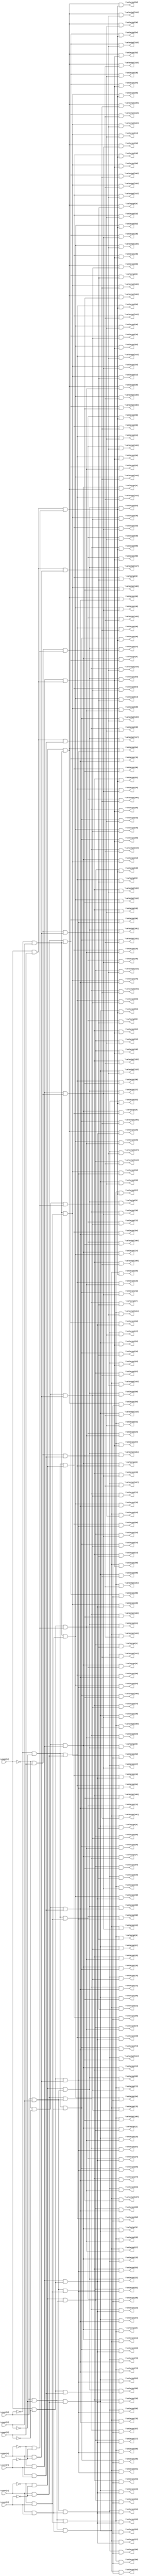

// Generated by Cadence Genus(TM) Synthesis Solution 16.22-s033_1
// Generated on: Jan 17 2020 11:34:43 EST (Jan 17 2020 16:34:43 UTC)

// Verification Directory fv/dec 

module dec(\count[0] , \count[1] , \count[2] , \count[3] , \count[4] ,
     \count[5] , \count[6] , \count[7] , \selectp1[0] , \selectp1[1] ,
     \selectp1[2] , \selectp1[3] , \selectp1[4] , \selectp1[5] ,
     \selectp1[6] , \selectp1[7] , \selectp1[8] , \selectp1[9] ,
     \selectp1[10] , \selectp1[11] , \selectp1[12] , \selectp1[13] ,
     \selectp1[14] , \selectp1[15] , \selectp1[16] , \selectp1[17] ,
     \selectp1[18] , \selectp1[19] , \selectp1[20] , \selectp1[21] ,
     \selectp1[22] , \selectp1[23] , \selectp1[24] , \selectp1[25] ,
     \selectp1[26] , \selectp1[27] , \selectp1[28] , \selectp1[29] ,
     \selectp1[30] , \selectp1[31] , \selectp1[32] , \selectp1[33] ,
     \selectp1[34] , \selectp1[35] , \selectp1[36] , \selectp1[37] ,
     \selectp1[38] , \selectp1[39] , \selectp1[40] , \selectp1[41] ,
     \selectp1[42] , \selectp1[43] , \selectp1[44] , \selectp1[45] ,
     \selectp1[46] , \selectp1[47] , \selectp1[48] , \selectp1[49] ,
     \selectp1[50] , \selectp1[51] , \selectp1[52] , \selectp1[53] ,
     \selectp1[54] , \selectp1[55] , \selectp1[56] , \selectp1[57] ,
     \selectp1[58] , \selectp1[59] , \selectp1[60] , \selectp1[61] ,
     \selectp1[62] , \selectp1[63] , \selectp1[64] , \selectp1[65] ,
     \selectp1[66] , \selectp1[67] , \selectp1[68] , \selectp1[69] ,
     \selectp1[70] , \selectp1[71] , \selectp1[72] , \selectp1[73] ,
     \selectp1[74] , \selectp1[75] , \selectp1[76] , \selectp1[77] ,
     \selectp1[78] , \selectp1[79] , \selectp1[80] , \selectp1[81] ,
     \selectp1[82] , \selectp1[83] , \selectp1[84] , \selectp1[85] ,
     \selectp1[86] , \selectp1[87] , \selectp1[88] , \selectp1[89] ,
     \selectp1[90] , \selectp1[91] , \selectp1[92] , \selectp1[93] ,
     \selectp1[94] , \selectp1[95] , \selectp1[96] , \selectp1[97] ,
     \selectp1[98] , \selectp1[99] , \selectp1[100] , \selectp1[101] ,
     \selectp1[102] , \selectp1[103] , \selectp1[104] , \selectp1[105]
     , \selectp1[106] , \selectp1[107] , \selectp1[108] ,
     \selectp1[109] , \selectp1[110] , \selectp1[111] , \selectp1[112]
     , \selectp1[113] , \selectp1[114] , \selectp1[115] ,
     \selectp1[116] , \selectp1[117] , \selectp1[118] , \selectp1[119]
     , \selectp1[120] , \selectp1[121] , \selectp1[122] ,
     \selectp1[123] , \selectp1[124] , \selectp1[125] , \selectp1[126]
     , \selectp1[127] , \selectp2[0] , \selectp2[1] , \selectp2[2] ,
     \selectp2[3] , \selectp2[4] , \selectp2[5] , \selectp2[6] ,
     \selectp2[7] , \selectp2[8] , \selectp2[9] , \selectp2[10] ,
     \selectp2[11] , \selectp2[12] , \selectp2[13] , \selectp2[14] ,
     \selectp2[15] , \selectp2[16] , \selectp2[17] , \selectp2[18] ,
     \selectp2[19] , \selectp2[20] , \selectp2[21] , \selectp2[22] ,
     \selectp2[23] , \selectp2[24] , \selectp2[25] , \selectp2[26] ,
     \selectp2[27] , \selectp2[28] , \selectp2[29] , \selectp2[30] ,
     \selectp2[31] , \selectp2[32] , \selectp2[33] , \selectp2[34] ,
     \selectp2[35] , \selectp2[36] , \selectp2[37] , \selectp2[38] ,
     \selectp2[39] , \selectp2[40] , \selectp2[41] , \selectp2[42] ,
     \selectp2[43] , \selectp2[44] , \selectp2[45] , \selectp2[46] ,
     \selectp2[47] , \selectp2[48] , \selectp2[49] , \selectp2[50] ,
     \selectp2[51] , \selectp2[52] , \selectp2[53] , \selectp2[54] ,
     \selectp2[55] , \selectp2[56] , \selectp2[57] , \selectp2[58] ,
     \selectp2[59] , \selectp2[60] , \selectp2[61] , \selectp2[62] ,
     \selectp2[63] , \selectp2[64] , \selectp2[65] , \selectp2[66] ,
     \selectp2[67] , \selectp2[68] , \selectp2[69] , \selectp2[70] ,
     \selectp2[71] , \selectp2[72] , \selectp2[73] , \selectp2[74] ,
     \selectp2[75] , \selectp2[76] , \selectp2[77] , \selectp2[78] ,
     \selectp2[79] , \selectp2[80] , \selectp2[81] , \selectp2[82] ,
     \selectp2[83] , \selectp2[84] , \selectp2[85] , \selectp2[86] ,
     \selectp2[87] , \selectp2[88] , \selectp2[89] , \selectp2[90] ,
     \selectp2[91] , \selectp2[92] , \selectp2[93] , \selectp2[94] ,
     \selectp2[95] , \selectp2[96] , \selectp2[97] , \selectp2[98] ,
     \selectp2[99] , \selectp2[100] , \selectp2[101] , \selectp2[102] ,
     \selectp2[103] , \selectp2[104] , \selectp2[105] , \selectp2[106]
     , \selectp2[107] , \selectp2[108] , \selectp2[109] ,
     \selectp2[110] , \selectp2[111] , \selectp2[112] , \selectp2[113]
     , \selectp2[114] , \selectp2[115] , \selectp2[116] ,
     \selectp2[117] , \selectp2[118] , \selectp2[119] , \selectp2[120]
     , \selectp2[121] , \selectp2[122] , \selectp2[123] ,
     \selectp2[124] , \selectp2[125] , \selectp2[126] , \selectp2[127]
     );
  input \count[0] , \count[1] , \count[2] , \count[3] , \count[4] ,
       \count[5] , \count[6] , \count[7] ;
  output \selectp1[0] , \selectp1[1] , \selectp1[2] , \selectp1[3] ,
       \selectp1[4] , \selectp1[5] , \selectp1[6] , \selectp1[7] ,
       \selectp1[8] , \selectp1[9] , \selectp1[10] , \selectp1[11] ,
       \selectp1[12] , \selectp1[13] , \selectp1[14] , \selectp1[15] ,
       \selectp1[16] , \selectp1[17] , \selectp1[18] , \selectp1[19] ,
       \selectp1[20] , \selectp1[21] , \selectp1[22] , \selectp1[23] ,
       \selectp1[24] , \selectp1[25] , \selectp1[26] , \selectp1[27] ,
       \selectp1[28] , \selectp1[29] , \selectp1[30] , \selectp1[31] ,
       \selectp1[32] , \selectp1[33] , \selectp1[34] , \selectp1[35] ,
       \selectp1[36] , \selectp1[37] , \selectp1[38] , \selectp1[39] ,
       \selectp1[40] , \selectp1[41] , \selectp1[42] , \selectp1[43] ,
       \selectp1[44] , \selectp1[45] , \selectp1[46] , \selectp1[47] ,
       \selectp1[48] , \selectp1[49] , \selectp1[50] , \selectp1[51] ,
       \selectp1[52] , \selectp1[53] , \selectp1[54] , \selectp1[55] ,
       \selectp1[56] , \selectp1[57] , \selectp1[58] , \selectp1[59] ,
       \selectp1[60] , \selectp1[61] , \selectp1[62] , \selectp1[63] ,
       \selectp1[64] , \selectp1[65] , \selectp1[66] , \selectp1[67] ,
       \selectp1[68] , \selectp1[69] , \selectp1[70] , \selectp1[71] ,
       \selectp1[72] , \selectp1[73] , \selectp1[74] , \selectp1[75] ,
       \selectp1[76] , \selectp1[77] , \selectp1[78] , \selectp1[79] ,
       \selectp1[80] , \selectp1[81] , \selectp1[82] , \selectp1[83] ,
       \selectp1[84] , \selectp1[85] , \selectp1[86] , \selectp1[87] ,
       \selectp1[88] , \selectp1[89] , \selectp1[90] , \selectp1[91] ,
       \selectp1[92] , \selectp1[93] , \selectp1[94] , \selectp1[95] ,
       \selectp1[96] , \selectp1[97] , \selectp1[98] , \selectp1[99] ,
       \selectp1[100] , \selectp1[101] , \selectp1[102] ,
       \selectp1[103] , \selectp1[104] , \selectp1[105] ,
       \selectp1[106] , \selectp1[107] , \selectp1[108] ,
       \selectp1[109] , \selectp1[110] , \selectp1[111] ,
       \selectp1[112] , \selectp1[113] , \selectp1[114] ,
       \selectp1[115] , \selectp1[116] , \selectp1[117] ,
       \selectp1[118] , \selectp1[119] , \selectp1[120] ,
       \selectp1[121] , \selectp1[122] , \selectp1[123] ,
       \selectp1[124] , \selectp1[125] , \selectp1[126] ,
       \selectp1[127] , \selectp2[0] , \selectp2[1] , \selectp2[2] ,
       \selectp2[3] , \selectp2[4] , \selectp2[5] , \selectp2[6] ,
       \selectp2[7] , \selectp2[8] , \selectp2[9] , \selectp2[10] ,
       \selectp2[11] , \selectp2[12] , \selectp2[13] , \selectp2[14] ,
       \selectp2[15] , \selectp2[16] , \selectp2[17] , \selectp2[18] ,
       \selectp2[19] , \selectp2[20] , \selectp2[21] , \selectp2[22] ,
       \selectp2[23] , \selectp2[24] , \selectp2[25] , \selectp2[26] ,
       \selectp2[27] , \selectp2[28] , \selectp2[29] , \selectp2[30] ,
       \selectp2[31] , \selectp2[32] , \selectp2[33] , \selectp2[34] ,
       \selectp2[35] , \selectp2[36] , \selectp2[37] , \selectp2[38] ,
       \selectp2[39] , \selectp2[40] , \selectp2[41] , \selectp2[42] ,
       \selectp2[43] , \selectp2[44] , \selectp2[45] , \selectp2[46] ,
       \selectp2[47] , \selectp2[48] , \selectp2[49] , \selectp2[50] ,
       \selectp2[51] , \selectp2[52] , \selectp2[53] , \selectp2[54] ,
       \selectp2[55] , \selectp2[56] , \selectp2[57] , \selectp2[58] ,
       \selectp2[59] , \selectp2[60] , \selectp2[61] , \selectp2[62] ,
       \selectp2[63] , \selectp2[64] , \selectp2[65] , \selectp2[66] ,
       \selectp2[67] , \selectp2[68] , \selectp2[69] , \selectp2[70] ,
       \selectp2[71] , \selectp2[72] , \selectp2[73] , \selectp2[74] ,
       \selectp2[75] , \selectp2[76] , \selectp2[77] , \selectp2[78] ,
       \selectp2[79] , \selectp2[80] , \selectp2[81] , \selectp2[82] ,
       \selectp2[83] , \selectp2[84] , \selectp2[85] , \selectp2[86] ,
       \selectp2[87] , \selectp2[88] , \selectp2[89] , \selectp2[90] ,
       \selectp2[91] , \selectp2[92] , \selectp2[93] , \selectp2[94] ,
       \selectp2[95] , \selectp2[96] , \selectp2[97] , \selectp2[98] ,
       \selectp2[99] , \selectp2[100] , \selectp2[101] , \selectp2[102]
       , \selectp2[103] , \selectp2[104] , \selectp2[105] ,
       \selectp2[106] , \selectp2[107] , \selectp2[108] ,
       \selectp2[109] , \selectp2[110] , \selectp2[111] ,
       \selectp2[112] , \selectp2[113] , \selectp2[114] ,
       \selectp2[115] , \selectp2[116] , \selectp2[117] ,
       \selectp2[118] , \selectp2[119] , \selectp2[120] ,
       \selectp2[121] , \selectp2[122] , \selectp2[123] ,
       \selectp2[124] , \selectp2[125] , \selectp2[126] ,
       \selectp2[127] ;
  wire \count[0] , \count[1] , \count[2] , \count[3] , \count[4] ,
       \count[5] , \count[6] , \count[7] ;
  wire \selectp1[0] , \selectp1[1] , \selectp1[2] , \selectp1[3] ,
       \selectp1[4] , \selectp1[5] , \selectp1[6] , \selectp1[7] ,
       \selectp1[8] , \selectp1[9] , \selectp1[10] , \selectp1[11] ,
       \selectp1[12] , \selectp1[13] , \selectp1[14] , \selectp1[15] ,
       \selectp1[16] , \selectp1[17] , \selectp1[18] , \selectp1[19] ,
       \selectp1[20] , \selectp1[21] , \selectp1[22] , \selectp1[23] ,
       \selectp1[24] , \selectp1[25] , \selectp1[26] , \selectp1[27] ,
       \selectp1[28] , \selectp1[29] , \selectp1[30] , \selectp1[31] ,
       \selectp1[32] , \selectp1[33] , \selectp1[34] , \selectp1[35] ,
       \selectp1[36] , \selectp1[37] , \selectp1[38] , \selectp1[39] ,
       \selectp1[40] , \selectp1[41] , \selectp1[42] , \selectp1[43] ,
       \selectp1[44] , \selectp1[45] , \selectp1[46] , \selectp1[47] ,
       \selectp1[48] , \selectp1[49] , \selectp1[50] , \selectp1[51] ,
       \selectp1[52] , \selectp1[53] , \selectp1[54] , \selectp1[55] ,
       \selectp1[56] , \selectp1[57] , \selectp1[58] , \selectp1[59] ,
       \selectp1[60] , \selectp1[61] , \selectp1[62] , \selectp1[63] ,
       \selectp1[64] , \selectp1[65] , \selectp1[66] , \selectp1[67] ,
       \selectp1[68] , \selectp1[69] , \selectp1[70] , \selectp1[71] ,
       \selectp1[72] , \selectp1[73] , \selectp1[74] , \selectp1[75] ,
       \selectp1[76] , \selectp1[77] , \selectp1[78] , \selectp1[79] ,
       \selectp1[80] , \selectp1[81] , \selectp1[82] , \selectp1[83] ,
       \selectp1[84] , \selectp1[85] , \selectp1[86] , \selectp1[87] ,
       \selectp1[88] , \selectp1[89] , \selectp1[90] , \selectp1[91] ,
       \selectp1[92] , \selectp1[93] , \selectp1[94] , \selectp1[95] ,
       \selectp1[96] , \selectp1[97] , \selectp1[98] , \selectp1[99] ,
       \selectp1[100] , \selectp1[101] , \selectp1[102] ,
       \selectp1[103] , \selectp1[104] , \selectp1[105] ,
       \selectp1[106] , \selectp1[107] , \selectp1[108] ,
       \selectp1[109] , \selectp1[110] , \selectp1[111] ,
       \selectp1[112] , \selectp1[113] , \selectp1[114] ,
       \selectp1[115] , \selectp1[116] , \selectp1[117] ,
       \selectp1[118] , \selectp1[119] , \selectp1[120] ,
       \selectp1[121] , \selectp1[122] , \selectp1[123] ,
       \selectp1[124] , \selectp1[125] , \selectp1[126] ,
       \selectp1[127] , \selectp2[0] , \selectp2[1] , \selectp2[2] ,
       \selectp2[3] , \selectp2[4] , \selectp2[5] , \selectp2[6] ,
       \selectp2[7] , \selectp2[8] , \selectp2[9] , \selectp2[10] ,
       \selectp2[11] , \selectp2[12] , \selectp2[13] , \selectp2[14] ,
       \selectp2[15] , \selectp2[16] , \selectp2[17] , \selectp2[18] ,
       \selectp2[19] , \selectp2[20] , \selectp2[21] , \selectp2[22] ,
       \selectp2[23] , \selectp2[24] , \selectp2[25] , \selectp2[26] ,
       \selectp2[27] , \selectp2[28] , \selectp2[29] , \selectp2[30] ,
       \selectp2[31] , \selectp2[32] , \selectp2[33] , \selectp2[34] ,
       \selectp2[35] , \selectp2[36] , \selectp2[37] , \selectp2[38] ,
       \selectp2[39] , \selectp2[40] , \selectp2[41] , \selectp2[42] ,
       \selectp2[43] , \selectp2[44] , \selectp2[45] , \selectp2[46] ,
       \selectp2[47] , \selectp2[48] , \selectp2[49] , \selectp2[50] ,
       \selectp2[51] , \selectp2[52] , \selectp2[53] , \selectp2[54] ,
       \selectp2[55] , \selectp2[56] , \selectp2[57] , \selectp2[58] ,
       \selectp2[59] , \selectp2[60] , \selectp2[61] , \selectp2[62] ,
       \selectp2[63] , \selectp2[64] , \selectp2[65] , \selectp2[66] ,
       \selectp2[67] , \selectp2[68] , \selectp2[69] , \selectp2[70] ,
       \selectp2[71] , \selectp2[72] , \selectp2[73] , \selectp2[74] ,
       \selectp2[75] , \selectp2[76] , \selectp2[77] , \selectp2[78] ,
       \selectp2[79] , \selectp2[80] , \selectp2[81] , \selectp2[82] ,
       \selectp2[83] , \selectp2[84] , \selectp2[85] , \selectp2[86] ,
       \selectp2[87] , \selectp2[88] , \selectp2[89] , \selectp2[90] ,
       \selectp2[91] , \selectp2[92] , \selectp2[93] , \selectp2[94] ,
       \selectp2[95] , \selectp2[96] , \selectp2[97] , \selectp2[98] ,
       \selectp2[99] , \selectp2[100] , \selectp2[101] , \selectp2[102]
       , \selectp2[103] , \selectp2[104] , \selectp2[105] ,
       \selectp2[106] , \selectp2[107] , \selectp2[108] ,
       \selectp2[109] , \selectp2[110] , \selectp2[111] ,
       \selectp2[112] , \selectp2[113] , \selectp2[114] ,
       \selectp2[115] , \selectp2[116] , \selectp2[117] ,
       \selectp2[118] , \selectp2[119] , \selectp2[120] ,
       \selectp2[121] , \selectp2[122] , \selectp2[123] ,
       \selectp2[124] , \selectp2[125] , \selectp2[126] ,
       \selectp2[127] ;
  wire n265, n266, n267, n268, n269, n270, n272, n273;
  wire n275, n276, n278, n280, n281, n283, n284, n286;
  wire n288, n290, n291, n293, n295, n296, n298, n300;
  wire n302, n304, n306, n308, n309, n326, n327, n344;
  wire n345, n362, n363, n380, n397, n414, n431, n432;
  wire n449, n466, n483, n500, n501, n518, n535, n552;
  wire n_3, n_4, n_6, n_10, n_11, n_14, n_15, n_16;
  not g1 (n_3, \count[4] );
  not g2 (n_4, \count[5] );
  and g3 (n265, n_3, n_4);
  not g4 (n_6, \count[6] );
  and g5 (n266, n_6, \count[7] );
  and g6 (n267, n265, n266);
  not g7 (n_10, \count[0] );
  not g8 (n_11, \count[2] );
  and g9 (n268, n_10, n_11);
  not g10 (n_14, \count[1] );
  not g11 (n_15, \count[3] );
  and g12 (n269, n_14, n_15);
  and g13 (n270, n268, n269);
  and g14 (\selectp1[0] , n267, n270);
  and g15 (n272, \count[0] , n_11);
  and g16 (n273, n269, n272);
  and g17 (\selectp1[1] , n267, n273);
  and g18 (n275, \count[1] , n_15);
  and g19 (n276, n268, n275);
  and g20 (\selectp1[2] , n267, n276);
  and g21 (n278, n272, n275);
  and g22 (\selectp1[3] , n267, n278);
  and g23 (n280, n_10, \count[2] );
  and g24 (n281, n269, n280);
  and g25 (\selectp1[4] , n267, n281);
  and g26 (n283, \count[0] , \count[2] );
  and g27 (n284, n269, n283);
  and g28 (\selectp1[5] , n267, n284);
  and g29 (n286, n275, n280);
  and g30 (\selectp1[6] , n267, n286);
  and g31 (n288, n275, n283);
  and g32 (\selectp1[7] , n267, n288);
  and g33 (n290, n_14, \count[3] );
  and g34 (n291, n268, n290);
  and g35 (\selectp1[8] , n267, n291);
  and g36 (n293, n272, n290);
  and g37 (\selectp1[9] , n267, n293);
  and g38 (n295, \count[1] , \count[3] );
  and g39 (n296, n268, n295);
  and g40 (\selectp1[10] , n267, n296);
  and g41 (n298, n272, n295);
  and g42 (\selectp1[11] , n267, n298);
  and g43 (n300, n280, n290);
  and g44 (\selectp1[12] , n267, n300);
  and g45 (n302, n283, n290);
  and g46 (\selectp1[13] , n267, n302);
  and g47 (n304, n280, n295);
  and g48 (\selectp1[14] , n267, n304);
  and g49 (n306, n283, n295);
  and g50 (\selectp1[15] , n267, n306);
  and g51 (n308, \count[4] , n_4);
  and g52 (n309, n266, n308);
  and g53 (\selectp1[16] , n270, n309);
  and g54 (\selectp1[17] , n273, n309);
  and g55 (\selectp1[18] , n276, n309);
  and g56 (\selectp1[19] , n278, n309);
  and g57 (\selectp1[20] , n281, n309);
  and g58 (\selectp1[21] , n284, n309);
  and g59 (\selectp1[22] , n286, n309);
  and g60 (\selectp1[23] , n288, n309);
  and g61 (\selectp1[24] , n291, n309);
  and g62 (\selectp1[25] , n293, n309);
  and g63 (\selectp1[26] , n296, n309);
  and g64 (\selectp1[27] , n298, n309);
  and g65 (\selectp1[28] , n300, n309);
  and g66 (\selectp1[29] , n302, n309);
  and g67 (\selectp1[30] , n304, n309);
  and g68 (\selectp1[31] , n306, n309);
  and g69 (n326, n_3, \count[5] );
  and g70 (n327, n266, n326);
  and g71 (\selectp1[32] , n270, n327);
  and g72 (\selectp1[33] , n273, n327);
  and g73 (\selectp1[34] , n276, n327);
  and g74 (\selectp1[35] , n278, n327);
  and g75 (\selectp1[36] , n281, n327);
  and g76 (\selectp1[37] , n284, n327);
  and g77 (\selectp1[38] , n286, n327);
  and g78 (\selectp1[39] , n288, n327);
  and g79 (\selectp1[40] , n291, n327);
  and g80 (\selectp1[41] , n293, n327);
  and g81 (\selectp1[42] , n296, n327);
  and g82 (\selectp1[43] , n298, n327);
  and g83 (\selectp1[44] , n300, n327);
  and g84 (\selectp1[45] , n302, n327);
  and g85 (\selectp1[46] , n304, n327);
  and g86 (\selectp1[47] , n306, n327);
  and g87 (n344, \count[4] , \count[5] );
  and g88 (n345, n266, n344);
  and g89 (\selectp1[48] , n270, n345);
  and g90 (\selectp1[49] , n273, n345);
  and g91 (\selectp1[50] , n276, n345);
  and g92 (\selectp1[51] , n278, n345);
  and g93 (\selectp1[52] , n281, n345);
  and g94 (\selectp1[53] , n284, n345);
  and g95 (\selectp1[54] , n286, n345);
  and g96 (\selectp1[55] , n288, n345);
  and g97 (\selectp1[56] , n291, n345);
  and g98 (\selectp1[57] , n293, n345);
  and g99 (\selectp1[58] , n296, n345);
  and g100 (\selectp1[59] , n298, n345);
  and g101 (\selectp1[60] , n300, n345);
  and g102 (\selectp1[61] , n302, n345);
  and g103 (\selectp1[62] , n304, n345);
  and g104 (\selectp1[63] , n306, n345);
  and g105 (n362, \count[6] , \count[7] );
  and g106 (n363, n265, n362);
  and g107 (\selectp1[64] , n270, n363);
  and g108 (\selectp1[65] , n273, n363);
  and g109 (\selectp1[66] , n276, n363);
  and g110 (\selectp1[67] , n278, n363);
  and g111 (\selectp1[68] , n281, n363);
  and g112 (\selectp1[69] , n284, n363);
  and g113 (\selectp1[70] , n286, n363);
  and g114 (\selectp1[71] , n288, n363);
  and g115 (\selectp1[72] , n291, n363);
  and g116 (\selectp1[73] , n293, n363);
  and g117 (\selectp1[74] , n296, n363);
  and g118 (\selectp1[75] , n298, n363);
  and g119 (\selectp1[76] , n300, n363);
  and g120 (\selectp1[77] , n302, n363);
  and g121 (\selectp1[78] , n304, n363);
  and g122 (\selectp1[79] , n306, n363);
  and g123 (n380, n308, n362);
  and g124 (\selectp1[80] , n270, n380);
  and g125 (\selectp1[81] , n273, n380);
  and g126 (\selectp1[82] , n276, n380);
  and g127 (\selectp1[83] , n278, n380);
  and g128 (\selectp1[84] , n281, n380);
  and g129 (\selectp1[85] , n284, n380);
  and g130 (\selectp1[86] , n286, n380);
  and g131 (\selectp1[87] , n288, n380);
  and g132 (\selectp1[88] , n291, n380);
  and g133 (\selectp1[89] , n293, n380);
  and g134 (\selectp1[90] , n296, n380);
  and g135 (\selectp1[91] , n298, n380);
  and g136 (\selectp1[92] , n300, n380);
  and g137 (\selectp1[93] , n302, n380);
  and g138 (\selectp1[94] , n304, n380);
  and g139 (\selectp1[95] , n306, n380);
  and g140 (n397, n326, n362);
  and g141 (\selectp1[96] , n270, n397);
  and g142 (\selectp1[97] , n273, n397);
  and g143 (\selectp1[98] , n276, n397);
  and g144 (\selectp1[99] , n278, n397);
  and g145 (\selectp1[100] , n281, n397);
  and g146 (\selectp1[101] , n284, n397);
  and g147 (\selectp1[102] , n286, n397);
  and g148 (\selectp1[103] , n288, n397);
  and g149 (\selectp1[104] , n291, n397);
  and g150 (\selectp1[105] , n293, n397);
  and g151 (\selectp1[106] , n296, n397);
  and g152 (\selectp1[107] , n298, n397);
  and g153 (\selectp1[108] , n300, n397);
  and g154 (\selectp1[109] , n302, n397);
  and g155 (\selectp1[110] , n304, n397);
  and g156 (\selectp1[111] , n306, n397);
  and g157 (n414, n344, n362);
  and g158 (\selectp1[112] , n270, n414);
  and g159 (\selectp1[113] , n273, n414);
  and g160 (\selectp1[114] , n276, n414);
  and g161 (\selectp1[115] , n278, n414);
  and g162 (\selectp1[116] , n281, n414);
  and g163 (\selectp1[117] , n284, n414);
  and g164 (\selectp1[118] , n286, n414);
  and g165 (\selectp1[119] , n288, n414);
  and g166 (\selectp1[120] , n291, n414);
  and g167 (\selectp1[121] , n293, n414);
  and g168 (\selectp1[122] , n296, n414);
  and g169 (\selectp1[123] , n298, n414);
  and g170 (\selectp1[124] , n300, n414);
  and g171 (\selectp1[125] , n302, n414);
  and g172 (\selectp1[126] , n304, n414);
  and g173 (\selectp1[127] , n306, n414);
  not g174 (n_16, \count[7] );
  and g175 (n431, n_6, n_16);
  and g176 (n432, n265, n431);
  and g177 (\selectp2[0] , n270, n432);
  and g178 (\selectp2[1] , n273, n432);
  and g179 (\selectp2[2] , n276, n432);
  and g180 (\selectp2[3] , n278, n432);
  and g181 (\selectp2[4] , n281, n432);
  and g182 (\selectp2[5] , n284, n432);
  and g183 (\selectp2[6] , n286, n432);
  and g184 (\selectp2[7] , n288, n432);
  and g185 (\selectp2[8] , n291, n432);
  and g186 (\selectp2[9] , n293, n432);
  and g187 (\selectp2[10] , n296, n432);
  and g188 (\selectp2[11] , n298, n432);
  and g189 (\selectp2[12] , n300, n432);
  and g190 (\selectp2[13] , n302, n432);
  and g191 (\selectp2[14] , n304, n432);
  and g192 (\selectp2[15] , n306, n432);
  and g193 (n449, n308, n431);
  and g194 (\selectp2[16] , n270, n449);
  and g195 (\selectp2[17] , n273, n449);
  and g196 (\selectp2[18] , n276, n449);
  and g197 (\selectp2[19] , n278, n449);
  and g198 (\selectp2[20] , n281, n449);
  and g199 (\selectp2[21] , n284, n449);
  and g200 (\selectp2[22] , n286, n449);
  and g201 (\selectp2[23] , n288, n449);
  and g202 (\selectp2[24] , n291, n449);
  and g203 (\selectp2[25] , n293, n449);
  and g204 (\selectp2[26] , n296, n449);
  and g205 (\selectp2[27] , n298, n449);
  and g206 (\selectp2[28] , n300, n449);
  and g207 (\selectp2[29] , n302, n449);
  and g208 (\selectp2[30] , n304, n449);
  and g209 (\selectp2[31] , n306, n449);
  and g210 (n466, n326, n431);
  and g211 (\selectp2[32] , n270, n466);
  and g212 (\selectp2[33] , n273, n466);
  and g213 (\selectp2[34] , n276, n466);
  and g214 (\selectp2[35] , n278, n466);
  and g215 (\selectp2[36] , n281, n466);
  and g216 (\selectp2[37] , n284, n466);
  and g217 (\selectp2[38] , n286, n466);
  and g218 (\selectp2[39] , n288, n466);
  and g219 (\selectp2[40] , n291, n466);
  and g220 (\selectp2[41] , n293, n466);
  and g221 (\selectp2[42] , n296, n466);
  and g222 (\selectp2[43] , n298, n466);
  and g223 (\selectp2[44] , n300, n466);
  and g224 (\selectp2[45] , n302, n466);
  and g225 (\selectp2[46] , n304, n466);
  and g226 (\selectp2[47] , n306, n466);
  and g227 (n483, n344, n431);
  and g228 (\selectp2[48] , n270, n483);
  and g229 (\selectp2[49] , n273, n483);
  and g230 (\selectp2[50] , n276, n483);
  and g231 (\selectp2[51] , n278, n483);
  and g232 (\selectp2[52] , n281, n483);
  and g233 (\selectp2[53] , n284, n483);
  and g234 (\selectp2[54] , n286, n483);
  and g235 (\selectp2[55] , n288, n483);
  and g236 (\selectp2[56] , n291, n483);
  and g237 (\selectp2[57] , n293, n483);
  and g238 (\selectp2[58] , n296, n483);
  and g239 (\selectp2[59] , n298, n483);
  and g240 (\selectp2[60] , n300, n483);
  and g241 (\selectp2[61] , n302, n483);
  and g242 (\selectp2[62] , n304, n483);
  and g243 (\selectp2[63] , n306, n483);
  and g244 (n500, \count[6] , n_16);
  and g245 (n501, n265, n500);
  and g246 (\selectp2[64] , n270, n501);
  and g247 (\selectp2[65] , n273, n501);
  and g248 (\selectp2[66] , n276, n501);
  and g249 (\selectp2[67] , n278, n501);
  and g250 (\selectp2[68] , n281, n501);
  and g251 (\selectp2[69] , n284, n501);
  and g252 (\selectp2[70] , n286, n501);
  and g253 (\selectp2[71] , n288, n501);
  and g254 (\selectp2[72] , n291, n501);
  and g255 (\selectp2[73] , n293, n501);
  and g256 (\selectp2[74] , n296, n501);
  and g257 (\selectp2[75] , n298, n501);
  and g258 (\selectp2[76] , n300, n501);
  and g259 (\selectp2[77] , n302, n501);
  and g260 (\selectp2[78] , n304, n501);
  and g261 (\selectp2[79] , n306, n501);
  and g262 (n518, n308, n500);
  and g263 (\selectp2[80] , n270, n518);
  and g264 (\selectp2[81] , n273, n518);
  and g265 (\selectp2[82] , n276, n518);
  and g266 (\selectp2[83] , n278, n518);
  and g267 (\selectp2[84] , n281, n518);
  and g268 (\selectp2[85] , n284, n518);
  and g269 (\selectp2[86] , n286, n518);
  and g270 (\selectp2[87] , n288, n518);
  and g271 (\selectp2[88] , n291, n518);
  and g272 (\selectp2[89] , n293, n518);
  and g273 (\selectp2[90] , n296, n518);
  and g274 (\selectp2[91] , n298, n518);
  and g275 (\selectp2[92] , n300, n518);
  and g276 (\selectp2[93] , n302, n518);
  and g277 (\selectp2[94] , n304, n518);
  and g278 (\selectp2[95] , n306, n518);
  and g279 (n535, n326, n500);
  and g280 (\selectp2[96] , n270, n535);
  and g281 (\selectp2[97] , n273, n535);
  and g282 (\selectp2[98] , n276, n535);
  and g283 (\selectp2[99] , n278, n535);
  and g284 (\selectp2[100] , n281, n535);
  and g285 (\selectp2[101] , n284, n535);
  and g286 (\selectp2[102] , n286, n535);
  and g287 (\selectp2[103] , n288, n535);
  and g288 (\selectp2[104] , n291, n535);
  and g289 (\selectp2[105] , n293, n535);
  and g290 (\selectp2[106] , n296, n535);
  and g291 (\selectp2[107] , n298, n535);
  and g292 (\selectp2[108] , n300, n535);
  and g293 (\selectp2[109] , n302, n535);
  and g294 (\selectp2[110] , n304, n535);
  and g295 (\selectp2[111] , n306, n535);
  and g296 (n552, n344, n500);
  and g297 (\selectp2[112] , n270, n552);
  and g298 (\selectp2[113] , n273, n552);
  and g299 (\selectp2[114] , n276, n552);
  and g300 (\selectp2[115] , n278, n552);
  and g301 (\selectp2[116] , n281, n552);
  and g302 (\selectp2[117] , n284, n552);
  and g303 (\selectp2[118] , n286, n552);
  and g304 (\selectp2[119] , n288, n552);
  and g305 (\selectp2[120] , n291, n552);
  and g306 (\selectp2[121] , n293, n552);
  and g307 (\selectp2[122] , n296, n552);
  and g308 (\selectp2[123] , n298, n552);
  and g309 (\selectp2[124] , n300, n552);
  and g310 (\selectp2[125] , n302, n552);
  and g311 (\selectp2[126] , n304, n552);
  and g312 (\selectp2[127] , n306, n552);
endmodule